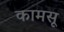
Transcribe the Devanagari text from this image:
कामसू